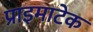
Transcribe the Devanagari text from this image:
प्राइमाटेक